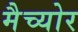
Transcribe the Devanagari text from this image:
मैच्योर